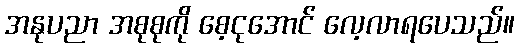
အနုပညာ အစုစုကို စေ့ငုအောင် လေ့လာရပေသည်။